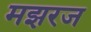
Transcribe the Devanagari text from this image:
मझरज